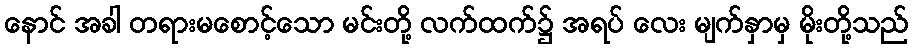
နောင် အခါ တရားမစောင့်သော မင်းတို့ လက်ထက်၌ အရပ် လေး မျက်နှာမှ မိုးတို့သည်